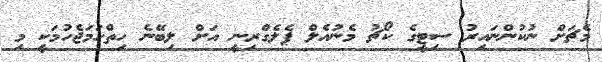
މެޗަށް ނުކުންނައިރު ސިޓީގެ ކޯޗު މެނުއެލް ޕެލެގްރިނީ އަށް ލިބޭނެ ހިތްހަމަޖެހުމަކީ މި